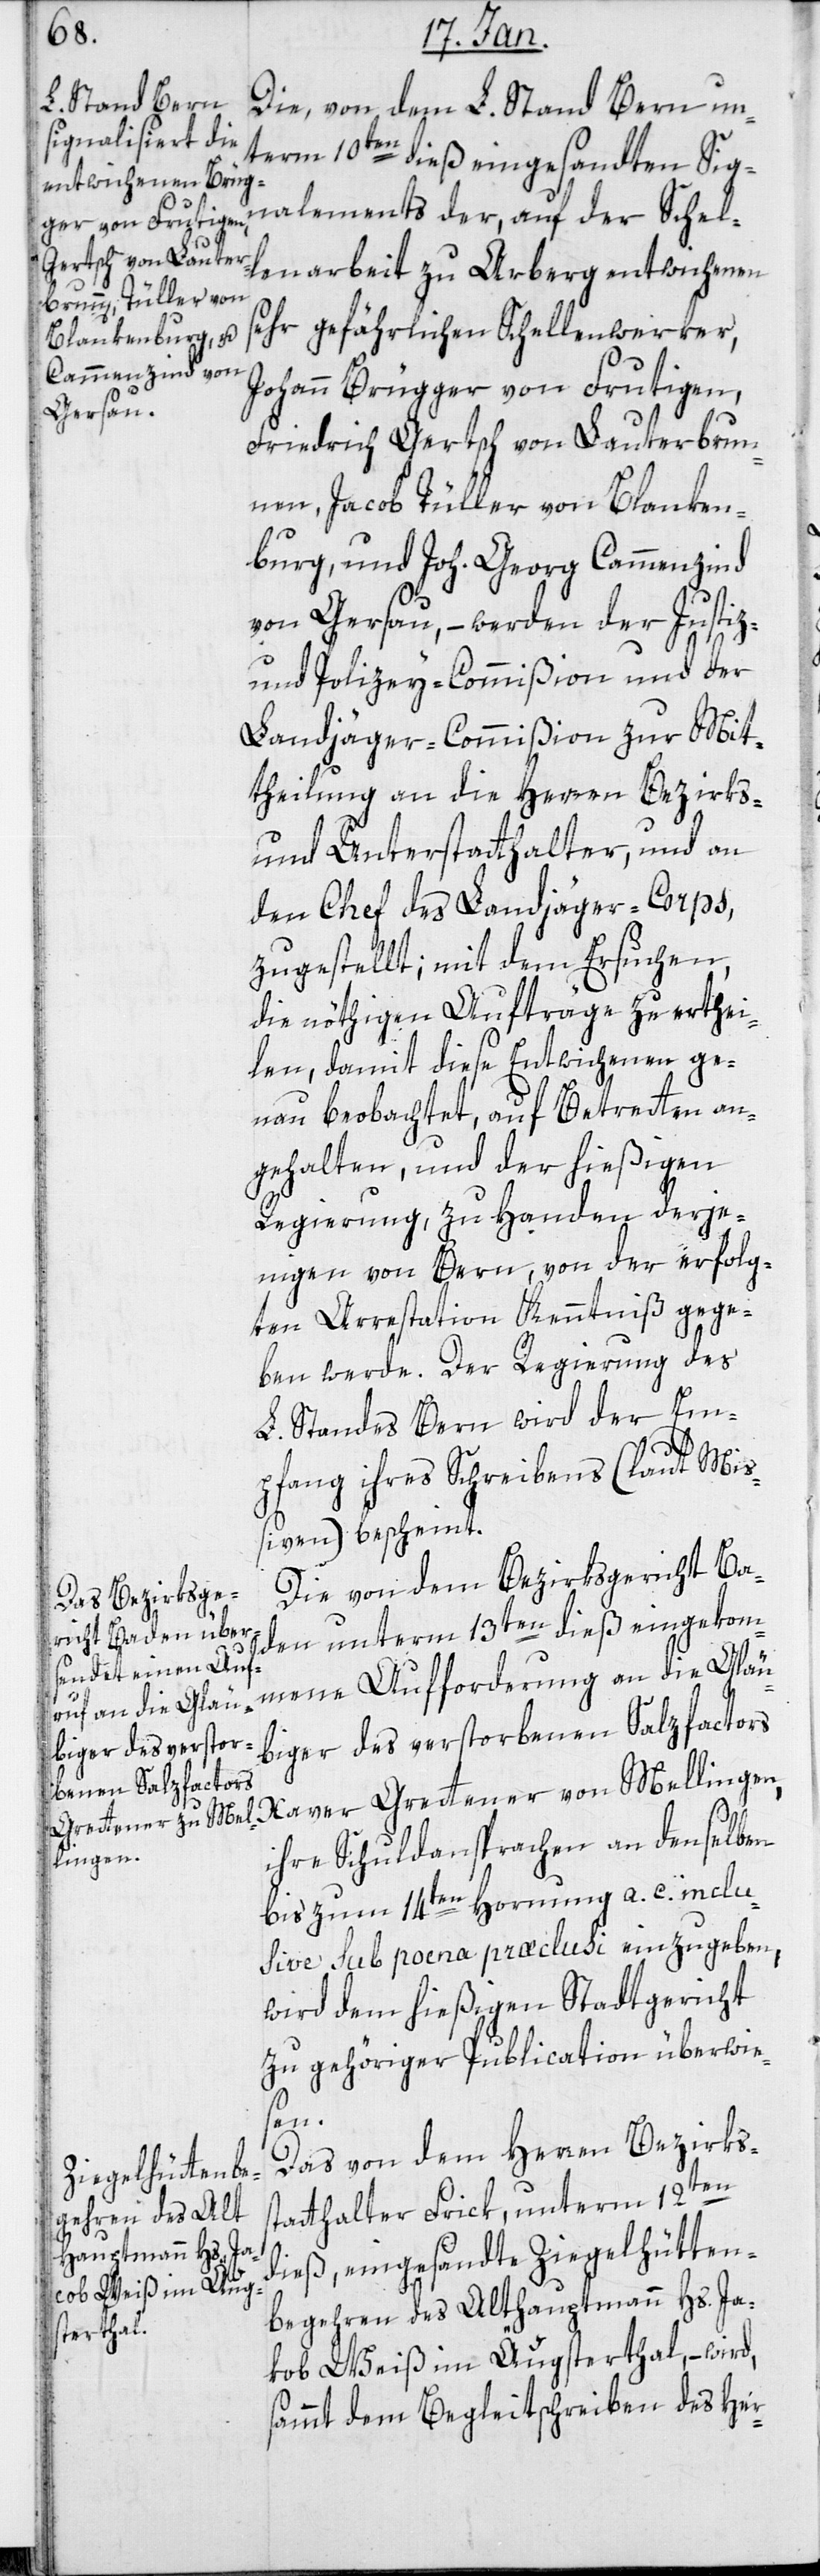
Die, von dem L. Stand Bern un¬
term 10ten dieß eingesandten Sig¬
nalements der, auf der Schel¬
lenarbeit zu Arberg entwichenen
sehr gefährlichen Schellenwerker,
Johann Brügger von Frutigen,
Friedrich Gertsch von Lauterbrun¬
nen, Jacob Tüller von Blanken¬
burg, und Joh. Georg Camenzind
von Gersau, – werden der Justiz-
und Polizey-Commißion und der
Landjäger-Commißion zur Mit¬
theilung an die Herren Bezirks-
und Unterstatthalter, und an
den Chef des Landjäger-Corps,
zugestellt; mit dem Ersuchen,
die nöthigen Aufträge zu erthei¬
len, damit diese Entwichenen ge¬
nau beobachtet, auf Betretten an¬
gehalten, und der hießigen
Regierung, zu Handen derje¬
nigen von Bern, von der erfolg¬
ten Arrestation Kenntniß gege¬
ben werde. Der Regierung des
L. Standes Bern wird der Em¬
pfang ihres Schreibens (laut Miß¬
Die von dem Bezirksgericht Ba¬
den unterm 13ten dieß eingekom¬
mene Aufforderung an die Gläu¬
biger des verstor¬
benen Salzfactors
Xaver Grettener von Mellingen,
ihre Schuldansprachen an denselben
bis zum 14ten Hornung a. c. inclu¬
sive sub poena praeclusi einzugeben,
wird dem hießigen Stadtgericht
zu gehöriger Publication überwie¬
sen.
Das von dem Herren Bezirks¬
s¬
tatthalter Frik, unterm 12ten
dieß, eingesandte Ziegelhütten¬
begehren des Althauptmann Hs. Ja¬
kob Weiß im Äugsterthal, – wird,
sammt dem Begleitschreiben des Her-